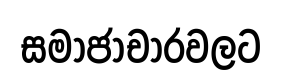
සමාජාචාරවලට